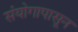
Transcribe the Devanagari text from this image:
संयोगापासून